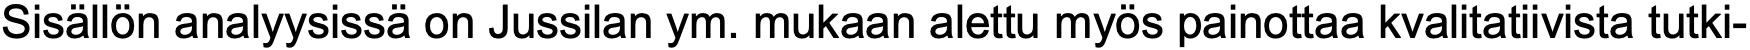
Sisällön analyysissä on Jussilan ym. mukaan alettu myös painottaa kvalitatiivista tutki-